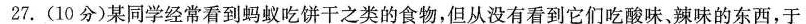
27.(10分)某同学经常看到蚂蚁吃饼干之类的食物，但从没有看到它们吃酸味、辣味的东西，于